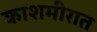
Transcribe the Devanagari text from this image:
काशमीरात